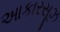
આકારસૂઝ